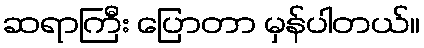
ဆရာကြီး ပြောတာ မှန်ပါတယ်။